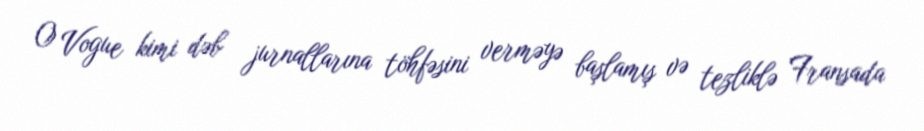
O Vogue kimi dəb jurnallarına töhfəsini verməyə başlamış və tezliklə Fransada